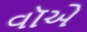
વૉએ